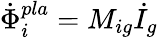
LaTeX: \dot{\Phi}_{i}^{pla}=M_{ig}\dot{I}_{g}